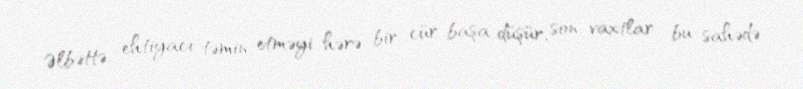
Əlbəttə, ehtiyacı təmin etməyi hərə bir cür başa düşür, son vaxtlar bu sahədə